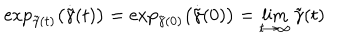
LaTeX: \exp _ { \tilde { \gamma } ( t ) } \left( \dot { \tilde { \gamma } } ( t ) \right) = \exp _ { \tilde { \gamma } ( 0 ) } \left( \dot { \tilde { \gamma } } ( 0 ) \right) = \lim _ { t \rightarrow \infty } { \tilde { \gamma } ( t ) }